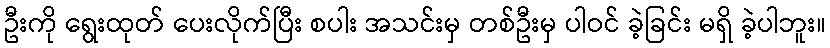
ဦးကို ရွေးထုတ် ပေးလိုက်ပြီး စပါး အသင်းမှ တစ်ဦးမှ ပါဝင် ခဲ့ခြင်း မရှိ ခဲ့ပါဘူး။